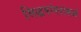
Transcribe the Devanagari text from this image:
सिद्धपरंपरांमध्ये